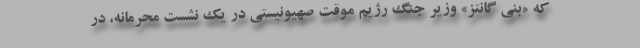
که «بنی گانتز» وزیر جنگ رژیم موقت صهیونیستی در یک نشست‌ محرمانه، در